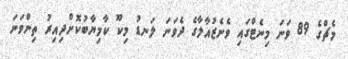
މެޗްގެ 89 ވަނަ މިނެޓްގައި ވެނެޒުއާލާގެ ދެވަނަ ލަނޑު މިކޫ ކާމިޔާބުކޮށްދިއިރު ތިންވަނަ